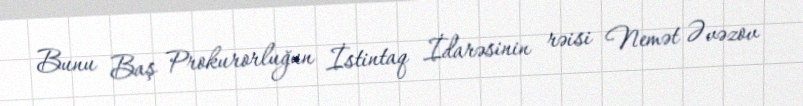
Bunu Baş Prokurorluğun İstintaq İdarəsinin rəisi Nemət Əvəzov